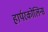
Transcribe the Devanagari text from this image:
हार्परकोलिन्स